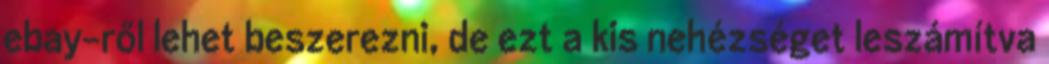
ebay-ről lehet beszerezni, de ezt a kis nehézséget leszámítva